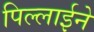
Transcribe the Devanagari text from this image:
पिल्लाईने